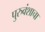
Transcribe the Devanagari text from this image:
पुरुवंशाचा